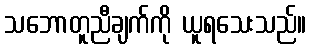
သဘောတူညီချက်ကို ယူရသေးသည်။